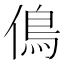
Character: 𠌵